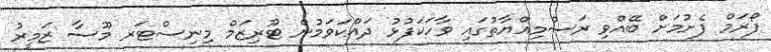
ފޯރަމް ފެށުމަށް ބޭއްވި ރަސްމިއްޔާތުގައި ވާހަކަފުޅު ދައްކަވަމުން ޓޫރިޒަމް މިނިސްޓަރ މޫސާ ޒަމީރު